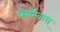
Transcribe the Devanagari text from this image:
स्रिनिवास्